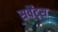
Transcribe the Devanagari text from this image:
सर्वैंट्स